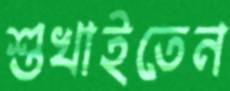
শুখাইতেন